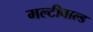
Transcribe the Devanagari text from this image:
मल्टीवाल्ड